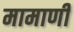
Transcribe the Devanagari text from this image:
मामाणी